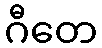
ဂီတေ